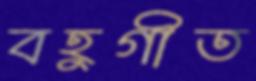
বহুগীত